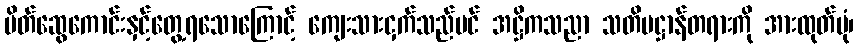
မိတ်ဆွေကောင်းနှင့်တွေ့ရသောကြောင့် ကျေးသားငှက်သည်ပင် အဋ္ဌိကသညာ သတိပဋ္ဌာန်တရားကို အားထုတ်ပုံ၊